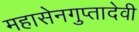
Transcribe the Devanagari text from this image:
महासेनगुप्तादेवी